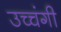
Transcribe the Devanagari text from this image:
उच्चंगी